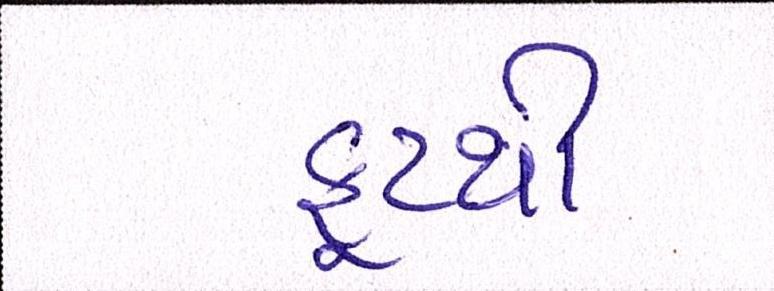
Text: ફૂટથી